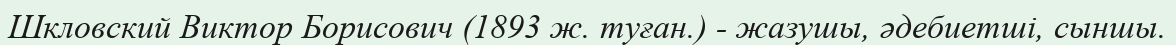
Шкловский Виктор Борисович (1893 ж. туған.) - жазушы, әдебиетші, сыншы.